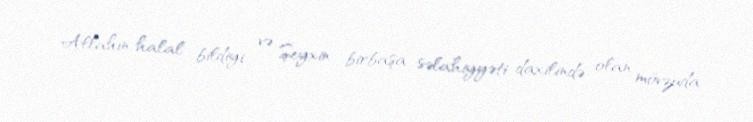
Allahın halal bildiyi və Şeyxin birbaşa səlahiyyəti daxilində olan mövzuda